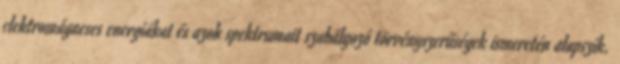
elektromágneses energiákat és azok spektrumait szabályozó törvényszerűségek ismeretén alapszik.